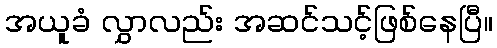
အယူခံ လွှာလည်း အဆင်သင့်ဖြစ်နေပြီ။